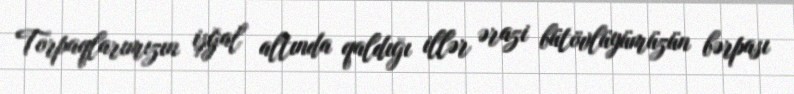
Torpaqlarımızın işğal altında qaldığı illər ərazi bütövlüyümüzün bərpası